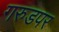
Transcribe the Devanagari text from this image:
गरुडपर